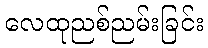
လေထုညစ်ညမ်းခြင်း